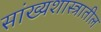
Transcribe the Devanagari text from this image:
सांख्यशास्त्रातील